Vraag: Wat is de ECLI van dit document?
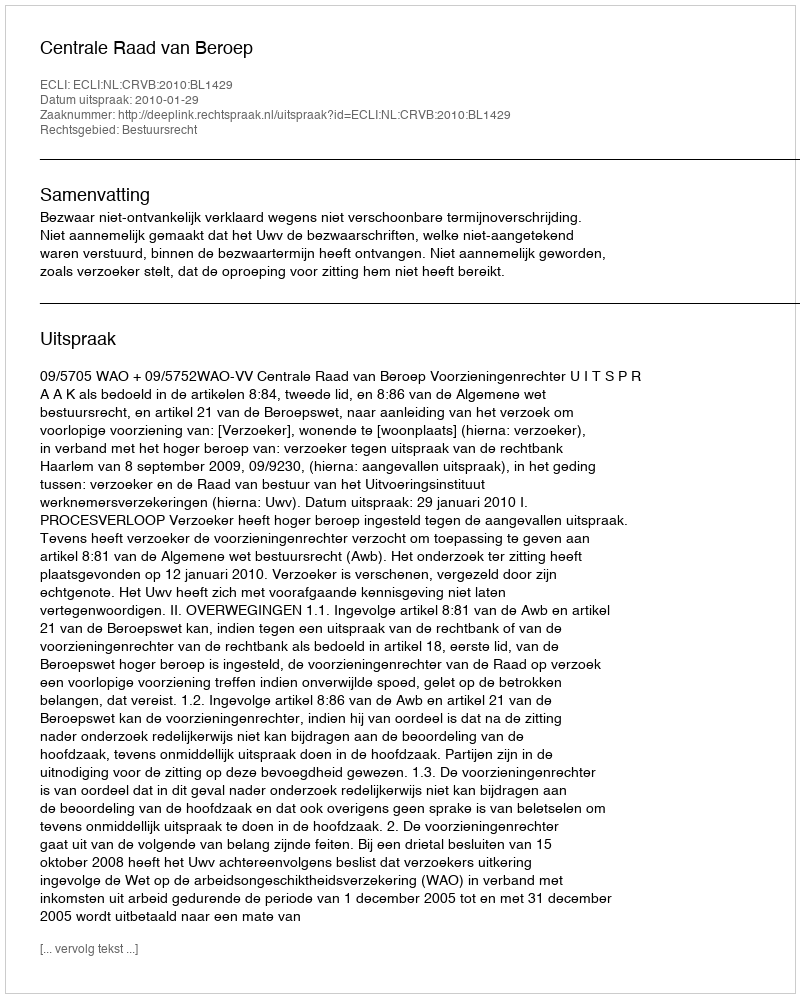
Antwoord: ECLI:NL:CRVB:2010:BL1429